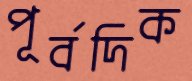
পূর্বদিক